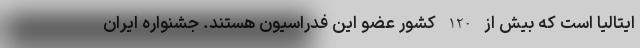
ایتالیا است که بیش از 120 کشور عضو این فدراسیون هستند. جشنواره ایران